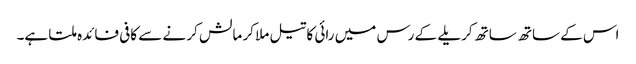
اس کے ساتھ ساتھ کریلے کے رس میں رائی کا تیل ملا کر مالش کر نے سے کافی فائدہ ملتا ہے۔